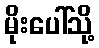
မိုးပေါ်သို့